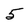
Character: 5